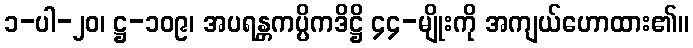
၁-ပါ-၂၀၊ ဋ္ဌ-၁၀၉၊ အပရန္တကပ္ပိကဒိဋ္ဌိ ၄၄-မျိုးကို အကျယ်ဟောထား၏။